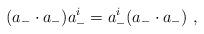
LaTeX: \begin{align*}(a_-\cdot a_-) a^i_-=a^i_-(a_-\cdot a_-)\ ,\end{align*}